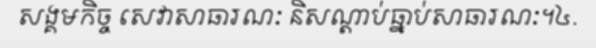
សង្គមកិច្ច សេវាសាធារណៈ និសណ្តាប់ធ្នាប់សាធារណៈ។៤.